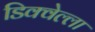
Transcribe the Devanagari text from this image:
डिक्वेल्ला